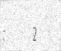
:     2